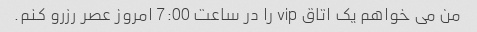
من می خواهم یک اتاق vip را در ساعت 7:00 امروز عصر رزرو کنم.